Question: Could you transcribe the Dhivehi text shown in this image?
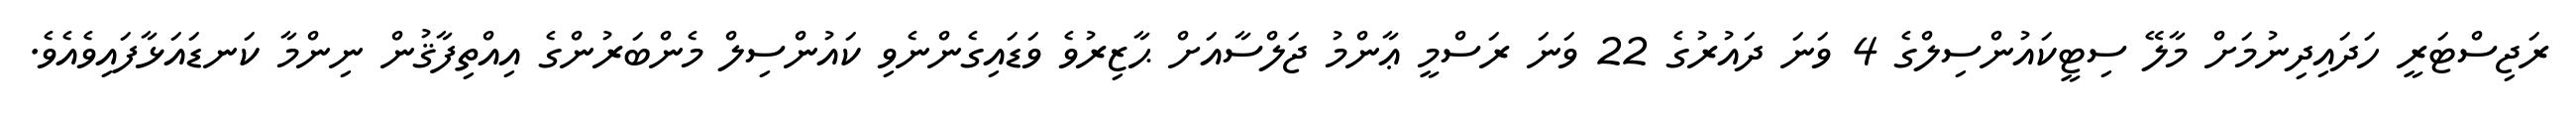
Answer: ރަޖިސްޓަރީ ހަދައިދިނުމަށް މާލޭ ސިޓީކައުންސިލްގެ 4 ވަނަ ދައުރުގެ 22 ވަނަ ރަސްމީ ޢާންމު ޖަލްސާއަށް ޙާޒިރުވެ ވަޑައިގެންނެވި ކައުންސިލް މެންބަރުންގެ އިއްތިފާޤުން ނިންމާ ކަނޑައަޅާފައިވެއެވެ.